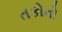
તકોનો